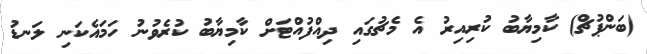
(ބަންޕުޗް) ކާމިޔާބު ކުރިއިރު އެ މެޗުގައި ދިއްފުއްޓަށް ކާމިޔާބު ކުރެވުނު ހަމައެކަނި ލަނޑު